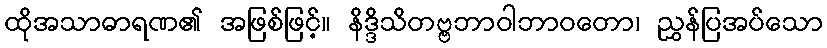
ထိုအသာဓာရဏ၏ အဖြစ်ဖြင့်။ နိဒ္ဒိသိတဗ္ဗဘာဝါဘာဝတော၊ ညွှန်ပြအပ်သော